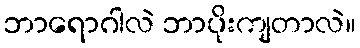
ဘာရောဂါလဲ ဘာပိုးကျတာလဲ။